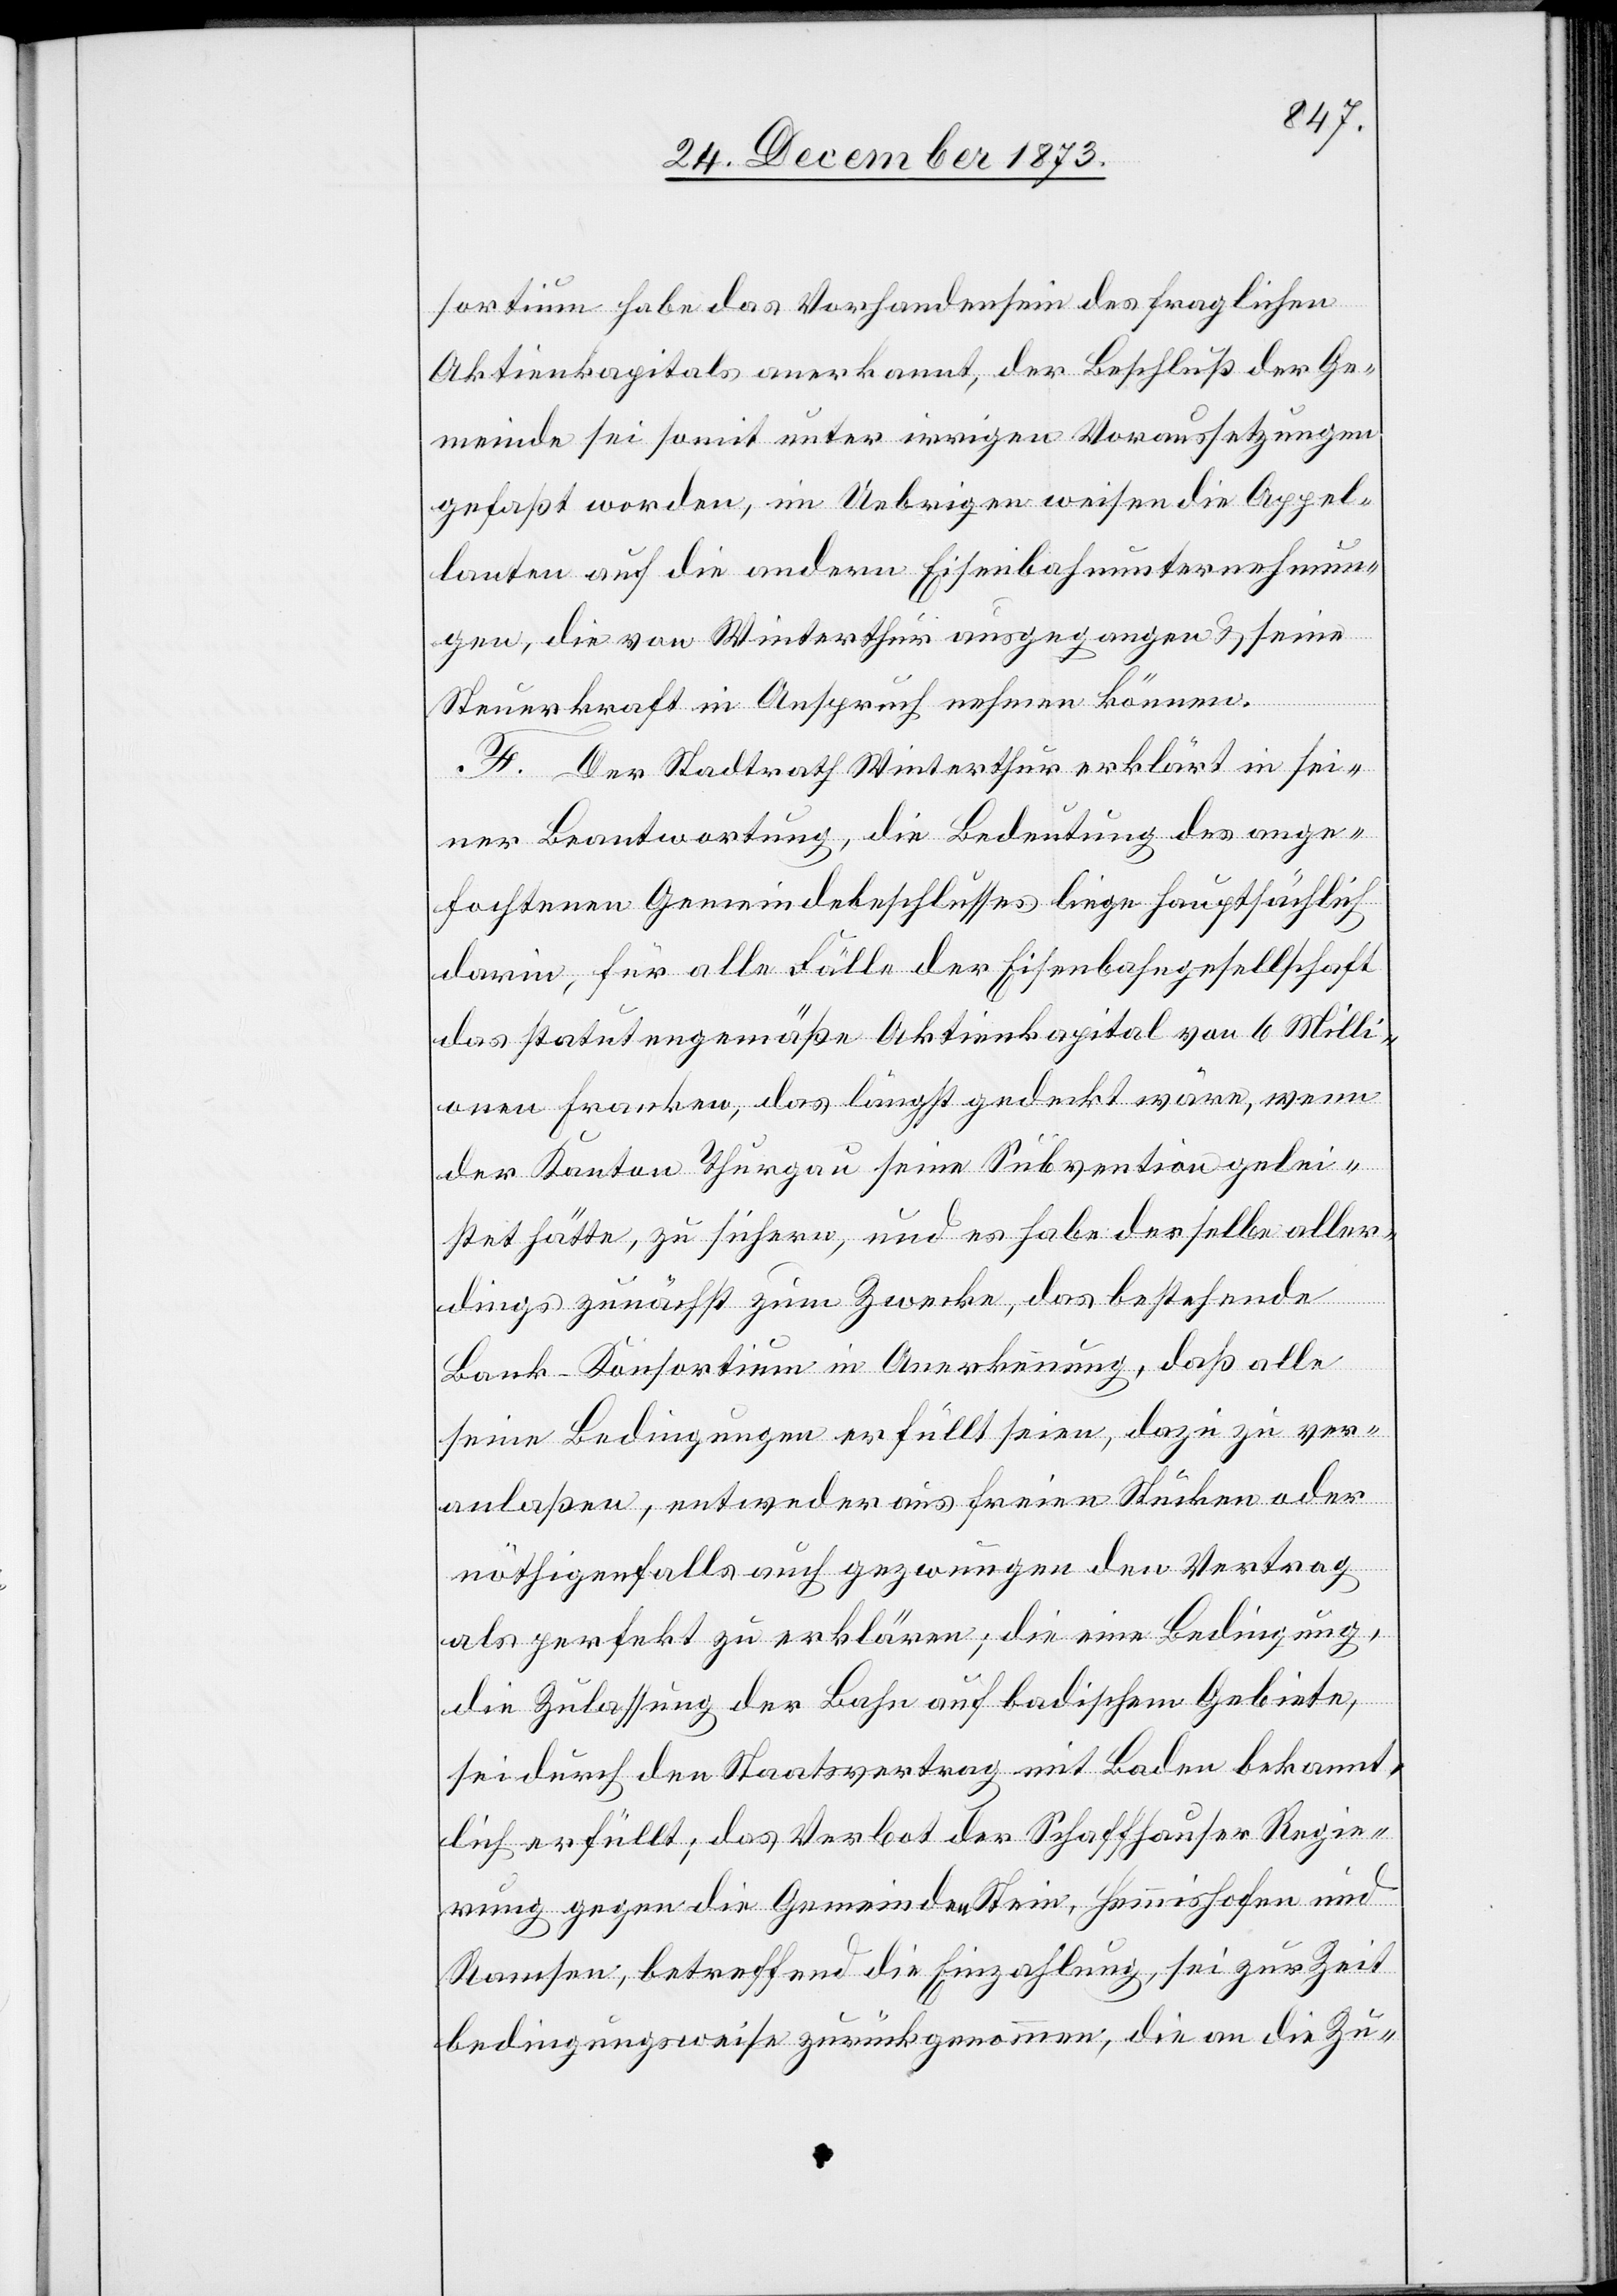
sortium habe das Vorhandensein des fraglichen
Aktienkapitals anerkannt, der Beschluß der Ge¬
meinde sei somit unter irrigen Voraussetzungen
gefaßt worden, im Uebrigen weisen die Appel¬
lanten auf die andern Eisenbahnunternehmun¬
gen, die von Winterthur ausgegangen & seine
Steuerkraft in Anspruch nehmen können.
F. Der Stadtrath Winterthur erklärt in sei¬
ner Beantwortung, die Bedeutung des ange¬
fochtenen Gemeindebeschlusses liege hauptsächlich
darin, für alle Fälle der Eisenbahngesellschaft
das statutengemäße Aktienkapital von 6 Milli¬
onen Franken, das längst gedeckt wäre, wenn
der Kanton Thurgau seine Subvention gelei¬
stet hätte, zu sichern, und es habe derselbe aller¬
dings zunächst zum Zwecke, das bestehende
Bank-Konsortium in Anerkennung, daß alle
seine Bedingungen erfüllt seien, dazu zu ver¬
anlaßen, entweder aus freien Stücken oder
nöthigenfalls auch gezwungen den Vertrag
als perfekt zu erklären; die eine Bedingung,
die Zulassung der Bahn auf badischem Gebiete,
sei durch den Staatsvertrag mit Baden bekannt¬
lich erfüllt; das Verbot der Schaffhauser Regie¬
rung gegen die Gemeinden Stein, Hemmishofen und
Ramsen, betreffend die Einzahlung, sei zur Zeit
bedingungsweise zurückgenommen, die an die Zu-